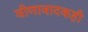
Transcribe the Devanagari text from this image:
वीणावादकही